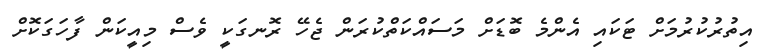
އިތުރުކުރުމަށް ޓަކައި އެންމެ ބޮޑަށް މަސައްކަތްކުރަން ޖެހޭ ރޮނގަކީ ވެސް މިއީކަން ފާހަގަކޮށް